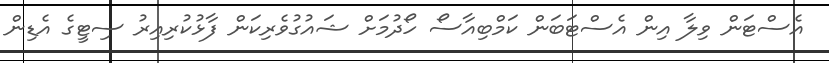
އެސްޓަން ވިލާ އިން އެސްޓަބަން ކަމްބިއާސޯ ހޯދުމަށް ޝައުގުވެރިކަން ފާޅުކުރިއިރު ސިޓީގެ އެޑިން